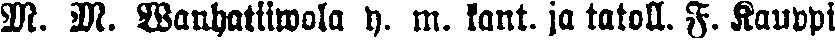
M. M. wanhatiiwola y. m. kant. ja tatoll. F. Kauppi